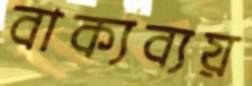
বাক্যব্যয়